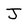
Character: J